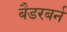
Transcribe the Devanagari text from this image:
बैडरबर्न